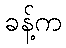
ခန့်က